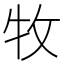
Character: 牧